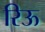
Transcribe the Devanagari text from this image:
रिऊ